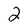
Character: 2